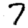
Digit: 7